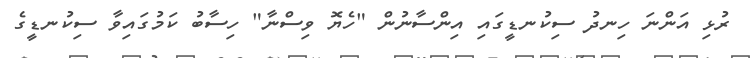
ރުޅި އަންނަ ހިނދު ސިކުނޑީގައި އިންސާނުން "ހެޔޮ ވިސްނާ" ހިސާބު ކަމުގައިވާ ސިކުނޑީގެ